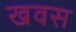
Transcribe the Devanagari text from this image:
खवस